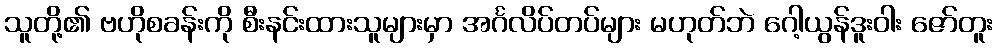
သူတို့၏ ဗဟိုစခန်းကို စီးနင်းထားသူများမှာ အင်္ဂလိပ်တပ်များ မဟုတ်ဘဲ ဂေါ့ယွန်ဒူးဝါး ဇော်တူး